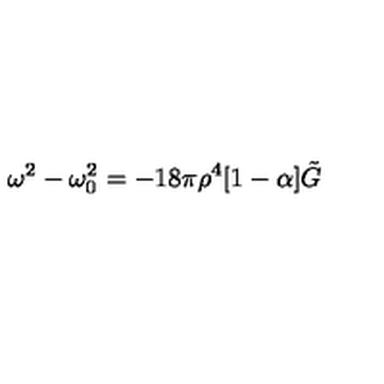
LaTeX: \omega ^ { 2 } - \omega _ { 0 } ^ { 2 } = - 1 8 \pi \rho ^ { 4 } [ 1 - \alpha ] \tilde { G }